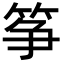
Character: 筝